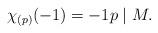
LaTeX: \begin{align*} \chi_{(p)}(-1) = -1 p \mid M. \end{align*}